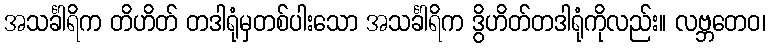
အသင်္ခါရိက တိဟိတ် တဒါရုံမှတစ်ပါးသော အသင်္ခါရိက ဒွိဟိတ်တဒါရုံကိုလည်း။ လဗ္ဘတေဝ၊